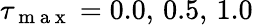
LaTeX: \tau_{\mathrm{~m~a~x~}}=0.0,\, 0.5,\, 1.0